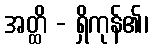
အတ္ထိ - ရှိကုန်၏၊